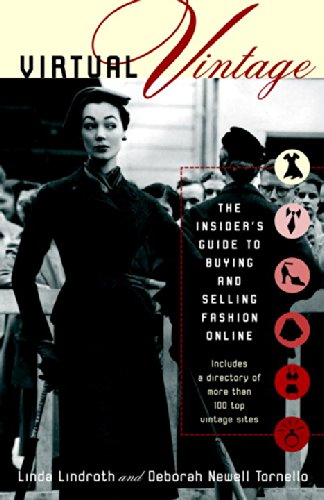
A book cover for Virtual Vintage: The Insider's Guide to Buying and Selling Fashion Online; Linda Lindroth; Computers & Technology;